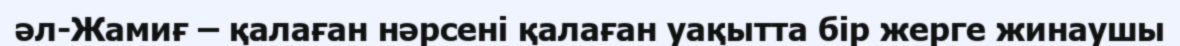
әл-Жамиғ – қалаған нәрсені қалаған уақытта бір жерге жинаушы